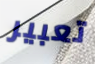
تعبير